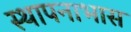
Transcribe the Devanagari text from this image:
स्थापनाभास